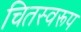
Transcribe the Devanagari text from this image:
चितस्वरूप